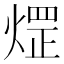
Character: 𤌗